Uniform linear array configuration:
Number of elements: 8
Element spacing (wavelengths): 0.75
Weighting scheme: hamming
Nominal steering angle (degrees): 60
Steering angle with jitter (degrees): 58.662
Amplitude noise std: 0.05
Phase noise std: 0.05

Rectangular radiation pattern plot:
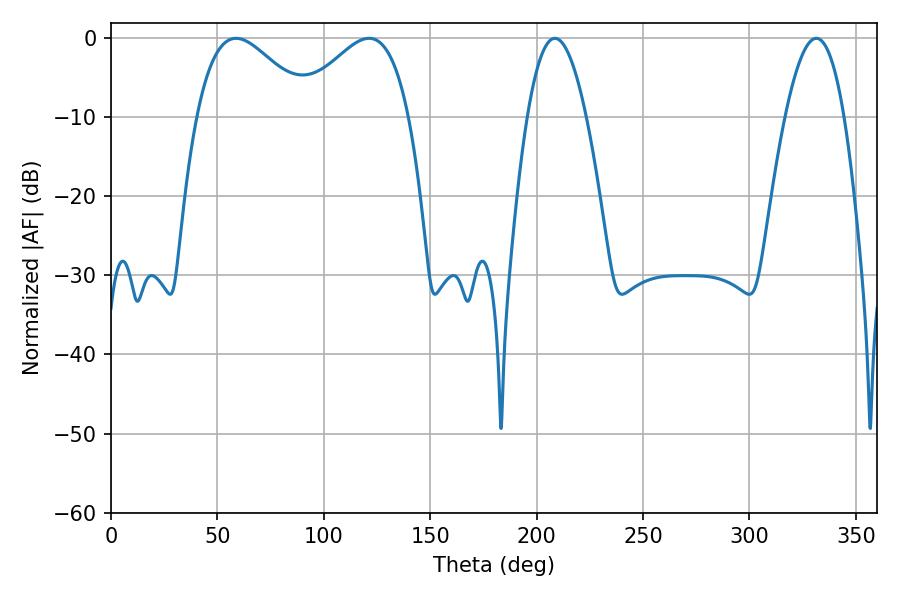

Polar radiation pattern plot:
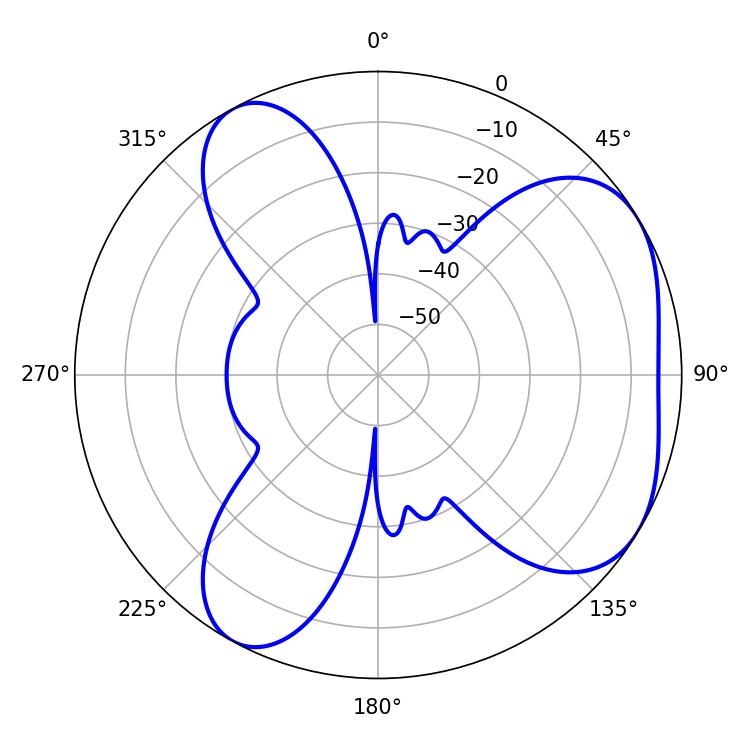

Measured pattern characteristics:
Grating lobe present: TRUE
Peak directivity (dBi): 4.813
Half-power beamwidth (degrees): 15.12
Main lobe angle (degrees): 208.62